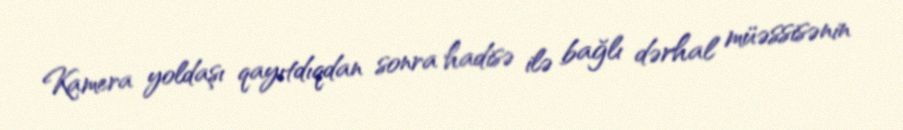
Kamera yoldaşı qayıtdıqdan sonra hadisə ilə bağlı dərhal müəssisənin